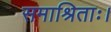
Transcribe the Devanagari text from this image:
समाश्रिताः।